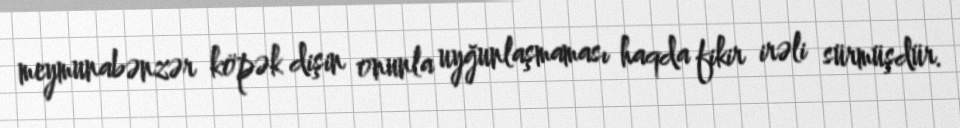
meymunabənzər köpək dişin onunla uyğunlaşmaması haqda fikir irəli sürmüşdür.